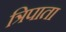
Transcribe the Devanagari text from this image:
त्रिपाता